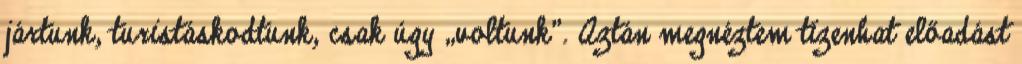
jártunk, turistáskodtunk, csak úgy „voltunk”. Aztán megnéztem tizenhat előadást